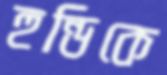
হুন্ডিকে